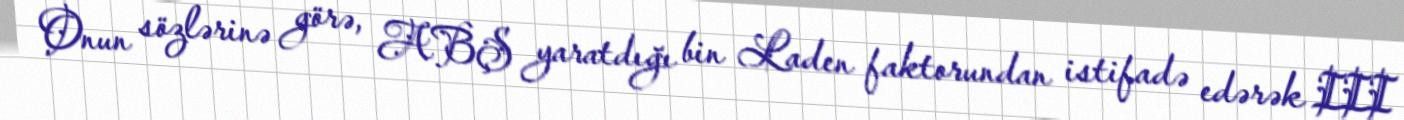
Onun sözlərinə görə, ABŞ yaratdığı bin Laden faktorundan istifadə edərək III